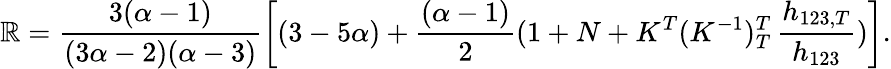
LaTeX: \mathbb{R}=\frac{{3(\alpha-1)}}{{(3\alpha-2)(\alpha-3)}}\left[(3-5\alpha)+\frac{{(\alpha-1)}}{{2}}(1+N+K^{T}(K^{-1})_{T}^{T}\, \frac{{h_{123,T}}}{{h_{123}}})\right].